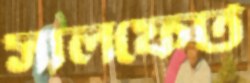
সালফেট